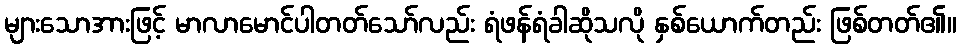
များသောအားဖြင့် မာလာမောင်ပါတတ်သော်လည်း ရံဖန်ရံခါဆိုသလို နှစ်ယောက်တည်း ဖြစ်တတ်၏။